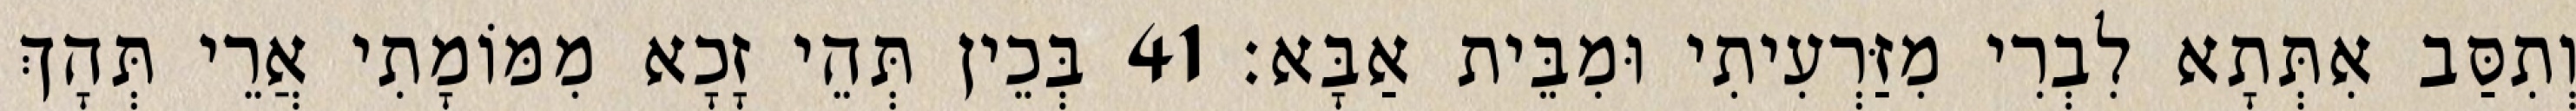
וְתִסַּב אִתְּתָא לִבְרִי מִזַּרְעִיתִי וּמִבֵּית אַבָּא׃ 41 בְּכֵין תְּהֵי זָכָא מִמּוֹמָתִי אֲרֵי תְּהָךְ